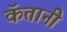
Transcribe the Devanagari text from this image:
कॅतानी